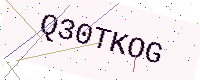
Text: Q30TKOG